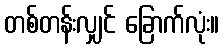
တစ်တန်းလျှင် ခြောက်လုံး။